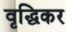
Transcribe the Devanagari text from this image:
वृद्धिकर